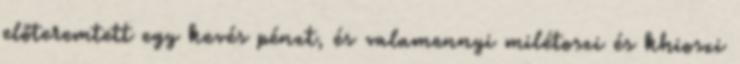
előteremtett egy kevés pénzt, és valamennyi milétoszi és khioszi